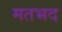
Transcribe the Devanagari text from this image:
मतभद